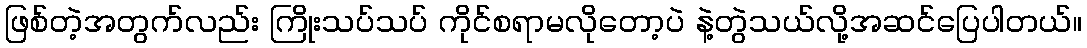
ဖြစ်တဲ့အတွက်လည်း ကြိုးသပ်သပ် ကိုင်စရာမလိုတော့ပဲ နဲ့တွဲသယ်လို့အဆင်ပြေပါတယ်။